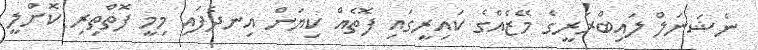
ނެޝަނަލް ލައިބްރަރީގެ މޭޒެއްގެ ކައިރީގައި ފޮތެއް ކިޔަން އިނދެފައި މިމީ ފޮތްތިރި ކޮށްލީ